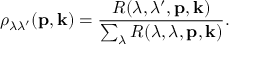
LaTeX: \rho _ { \lambda \lambda ^ { \prime } } ( { \bf p } , { \bf k } ) = \frac { R ( \lambda , \lambda ^ { \prime } , { \bf p } , { \bf k } ) } { \sum _ { \lambda } R ( \lambda , \lambda , { \bf p } , { \bf k } ) } .